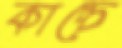
কাচ্চে